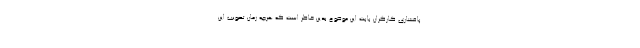
پافشاری کارگران بابت این موضوع بدین خاطر است که هرچه زمان تصویب این